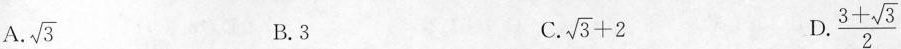
A. \sqrt{3} B.3 C. $$\sqrt{3}+2$$ D. \frac{3+ \sqrt{3}}{2}